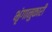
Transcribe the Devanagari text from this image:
भृंगानुकारी